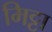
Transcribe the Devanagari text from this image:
मिट्टा